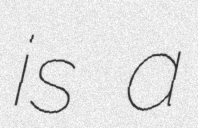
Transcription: is a